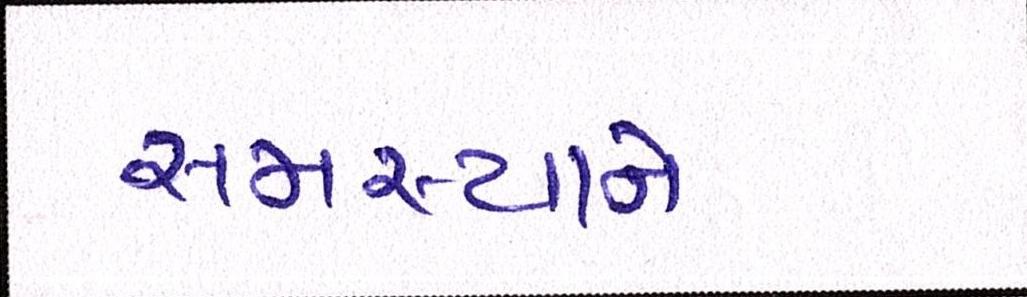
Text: સમસ્યાને